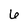
Character: 6